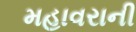
મહાવરાની